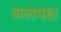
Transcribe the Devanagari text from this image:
जलपक्ष